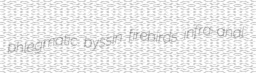
phlegmatic byssin firebirds infra-anal